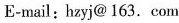
E-mail:hzyj@ 163.Com